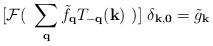
LaTeX: \begin{align*}[ {\mathcal{F}}(\mbox{ }\sum_{ {\bf{q}} }{\tilde{f}}_{ {\bf{q}} }T_{ -{\bf{q}} }({\bf{k}}) \mbox{ })]\mbox{ }\delta_{ {\bf{k}}, {\bf{0}} } = {\tilde{g}}_{ {\bf{k}} }\end{align*}